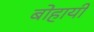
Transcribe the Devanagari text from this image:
बोहायी